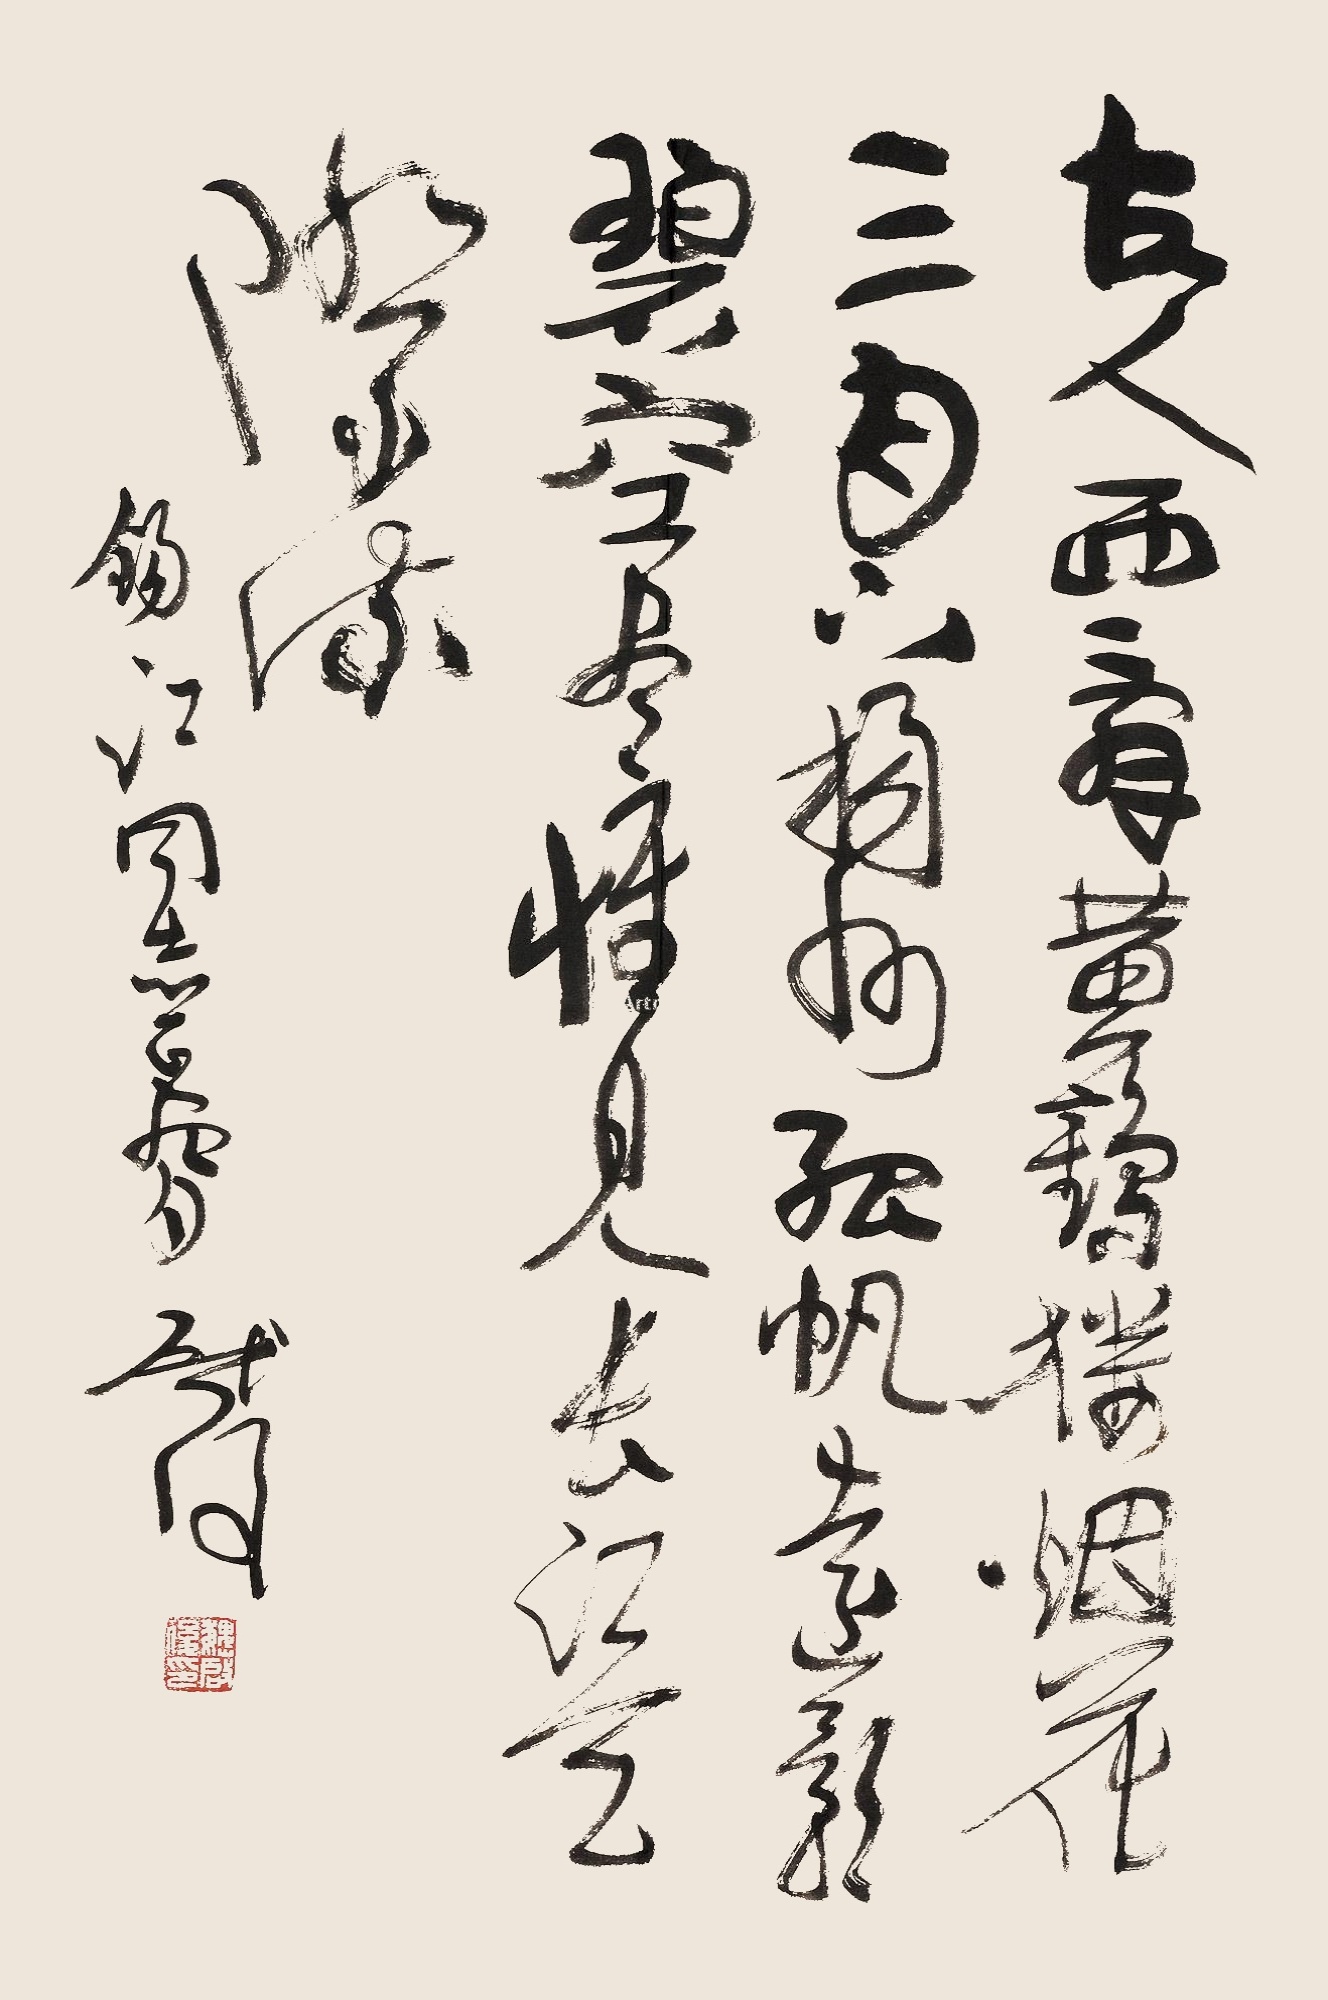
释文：故人西辞黄鹤楼，烟花三月下扬州。孤帆远影碧空尽，唯见长江天际流。锡江同志正腕，启后。